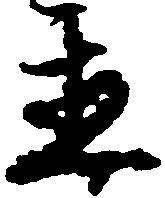
置